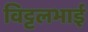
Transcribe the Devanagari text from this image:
विट्टलभाई